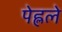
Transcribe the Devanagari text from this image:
पेह्लले